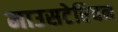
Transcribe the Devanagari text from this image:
माउसटेरियन